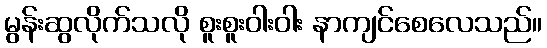
မွန်းဆွလိုက်သလို စူးစူးဝါးဝါး နာကျင်စေလေသည်။